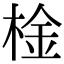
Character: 𣔋